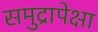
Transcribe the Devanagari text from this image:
समुद्रापेक्षा